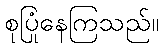
စုပြုံနေကြသည်။